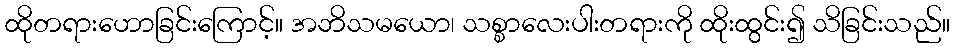
ထိုတရားဟောခြင်းကြောင့်။ အဘိသမယော၊ သစ္စာလေးပါးတရားကို ထိုးထွင်း၍ သိခြင်းသည်။